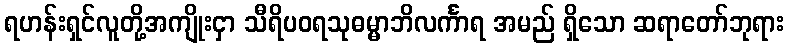
ရဟန်းရှင်လူတို့အကျိုးငှာ သီရိပဝရသုဓမ္မာဘိလင်္ကာရ အမည် ရှိသော ဆရာတော်ဘုရား